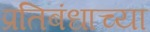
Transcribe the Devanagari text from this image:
प्रतिबंधाच्या